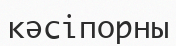
кәсіпорны